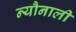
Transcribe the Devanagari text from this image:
न्यौनाली